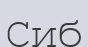
Сиб